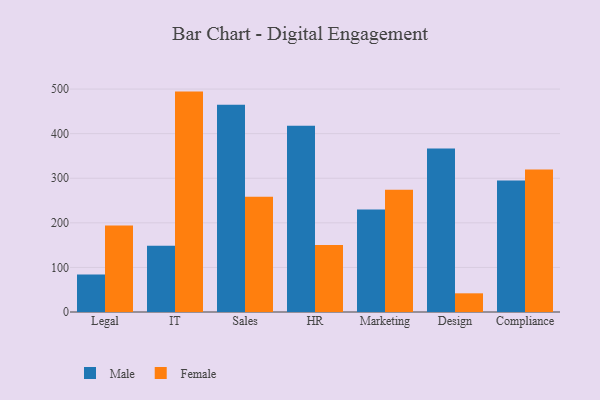
{"axis": {"x": "Department", "y": "Gross Profit (USD K)"}, "legend": ["Female", "Male"], "data": [{"x": "Legal", "y": 83.9, "type": "Male"}, {"x": "Legal", "y": 194.2, "type": "Female"}, {"x": "IT", "y": 148.5, "type": "Male"}, {"x": "IT", "y": 494.3, "type": "Female"}, {"x": "Sales", "y": 464.7, "type": "Male"}, {"x": "Sales", "y": 258.2, "type": "Female"}, {"x": "HR", "y": 417.5, "type": "Male"}, {"x": "HR", "y": 150.3, "type": "Female"}, {"x": "Marketing", "y": 229.7, "type": "Male"}, {"x": "Marketing", "y": 274.4, "type": "Female"}, {"x": "Design", "y": 366.7, "type": "Male"}, {"x": "Design", "y": 41.9, "type": "Female"}, {"x": "Compliance", "y": 294.8, "type": "Male"}, {"x": "Compliance", "y": 319.5, "type": "Female"}]}